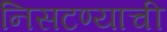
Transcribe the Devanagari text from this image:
निसटण्याची